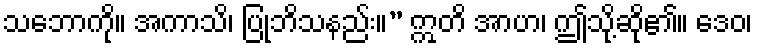
သဘောကို။ အကာသိ၊ ပြုဘိသနည်း။” ဣတိ အာဟ၊ ဤသို့ဆို၏။ ဒေဝ၊